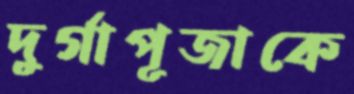
দুর্গাপূজাকে